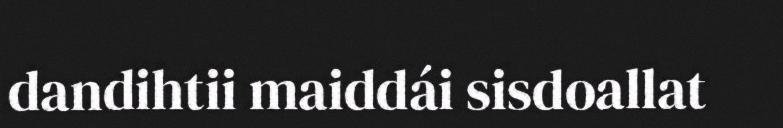
dandihtii maiddái sisdoallat